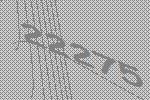
22275